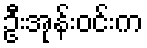
ဦးအုန်းဝင်းက